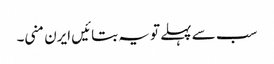
سب سے پہلے تو یہ بتائیں ایرن منی۔